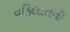
વકિલાતની